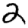
Digit: 2